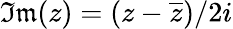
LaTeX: \mathfrak{Im}(z)=(z-\overline{{z}})/2i